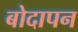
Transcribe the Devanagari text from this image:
बोदापन